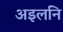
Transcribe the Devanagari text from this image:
अइलनि